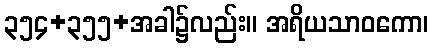
၃၅၄+၃၅၅+အခါ၌လည်း။ အရိယသာဝကော၊